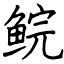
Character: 鲩